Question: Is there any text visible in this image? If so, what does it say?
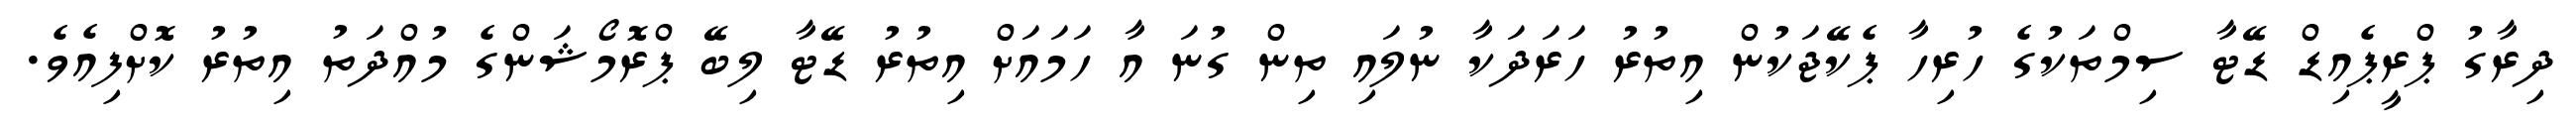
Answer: ދިރާގު ޕްރީޕެއިޑް ޑޭޓާ ސިމްތަކުގެ ހުރިހާ ޕެކޭޖަކުން އިތުރު ހަރަދަކާ ނުލައި ތިން ގުނަ އާ ހަމައަށް އިތުރު ޑޭޓާ ލިބޭ ޕްރޮމޯޝަންގެ މުއްދަތު އިތުރު ކޮށްފިއެވެ.